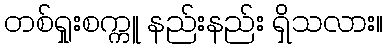
တစ်ရှုးစက္ကူ နည်းနည်း ရှိသလား။